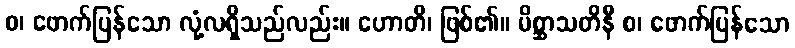
စ၊ ဖောက်ပြန်သော လုံ့လရှိသည်လည်း။ ဟောတိ၊ ဖြစ်၏။ မိစ္ဆာသတိနီ စ၊ ဖောက်ပြန်သော